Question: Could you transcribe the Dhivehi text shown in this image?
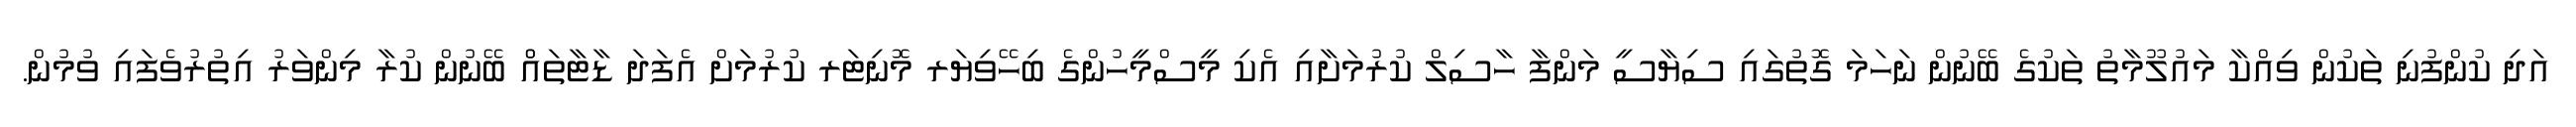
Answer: އަދި ކުންފުނި ތަކުން ވިއްކާ މައުލޫމާތު ތަކުގެ ބޭނުން ނަހަމަ ގޮތުގައި ސިޔާސީ މަންފާ ހާސިލް ކުރުމަށާއި އެކި މީސްމީހުންގެ ބިހޭވިޔަރ މޮނިޓަރ ކުރުމަށް އެފަދަ ޑާޓާތައްް ބޭނުން ކުރާ މިންވަރު އިތުރުވެފައި ވުމުން.